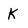
Character: K